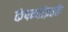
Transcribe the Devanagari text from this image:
कंपन्यांइतके